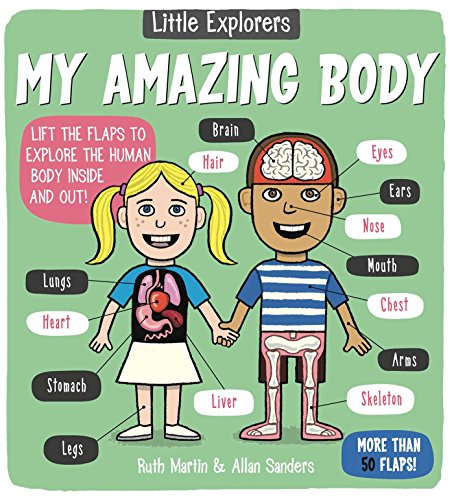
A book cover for Little Explorers: My Amazing Body; Children's Books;